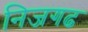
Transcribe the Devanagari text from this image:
निजगढ